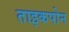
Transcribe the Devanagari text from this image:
ताइकपोन